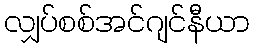
လျှပ်စစ်အင်ဂျင်နီယာ